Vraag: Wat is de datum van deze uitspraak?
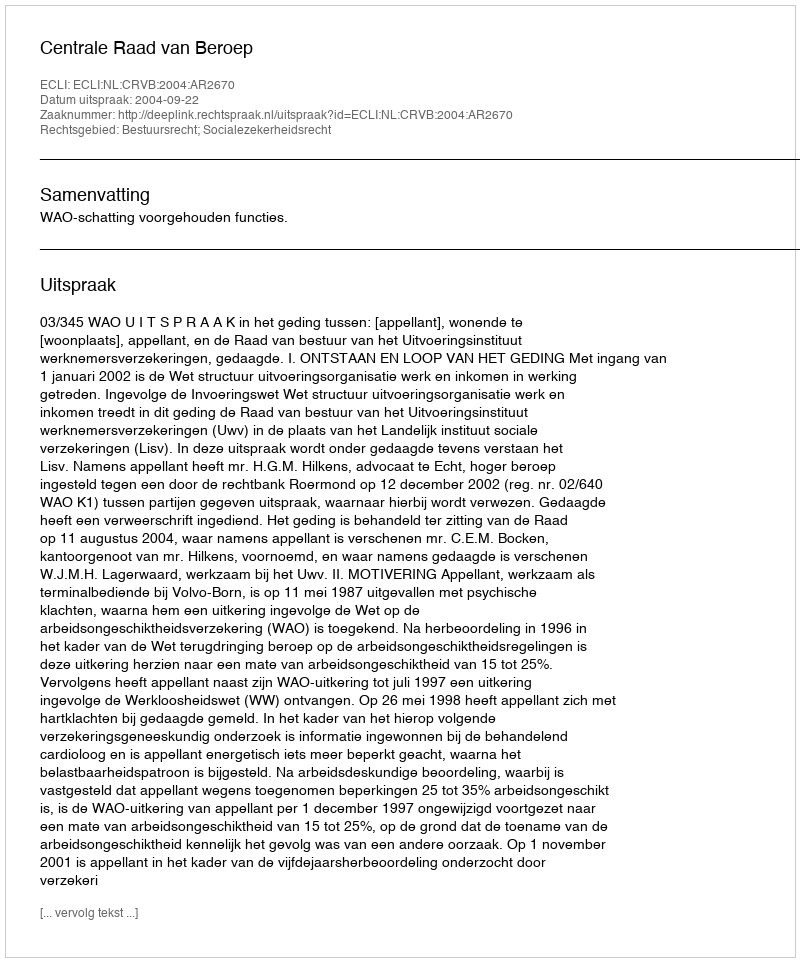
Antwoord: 2004-09-22